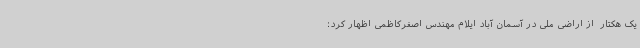
یک هکتار  از اراضی ملی در آسمان آباد ایلام مهندس اصغرکاظمی اظهار کرد: